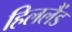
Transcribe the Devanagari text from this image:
हिललैंड